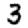
Digit: 3